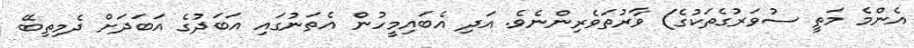
އެންމެ މަތީ ސުވަރުގެތަކުގެ) ވާރުތަވެރިންނެވެ. އަދި އެބައިމީހުން އެތަނުގައި އަބަދުގެ އަބަދަށް ދެމިތިބޭ